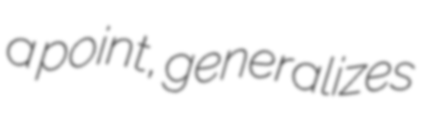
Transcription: a point, generalizes